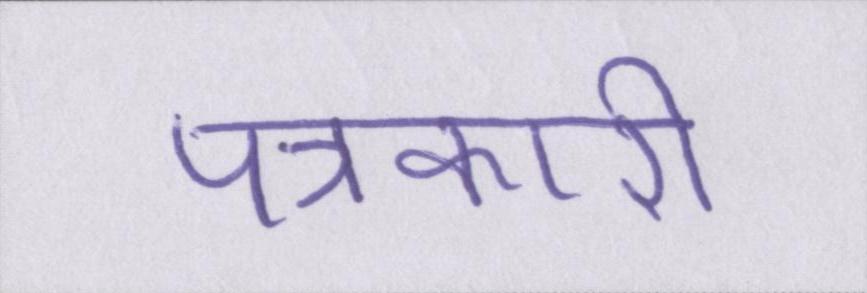
पत्रकारी